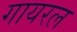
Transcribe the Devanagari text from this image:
गायरल